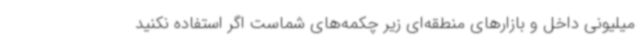
میلیونی داخل و بازارهای منطقه‌ای زیر چکمه‌های شماست اگر استفاده نکنید